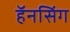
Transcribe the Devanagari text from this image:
हॅनसिंग